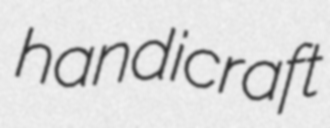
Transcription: handicraft